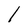
Character: 1